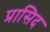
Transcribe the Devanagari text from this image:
प्रासिद